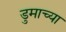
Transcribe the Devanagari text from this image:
डुमाच्या